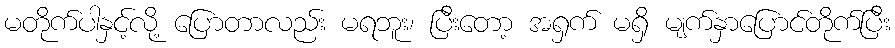
မတိုက်ပါနှင့်လို့ ပြောတာလည်း မရဘူး၊ ပြီးတော့ အရှက် မရှိ မျက်နှာပြောင်တိုက်ပြီး